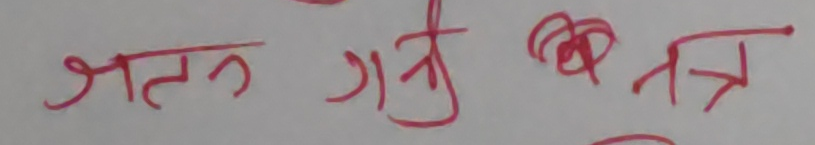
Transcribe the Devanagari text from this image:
जतन गरि तन्त्र